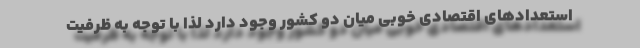
استعدادهای اقتصادی خوبی میان دو کشور وجود دارد لذا با توجه به ظرفیت